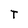
Character: t